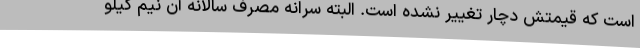
است که قیمتش دچار تغییر نشده است. البته سرانه مصرف سالانه آن نیم کیلو